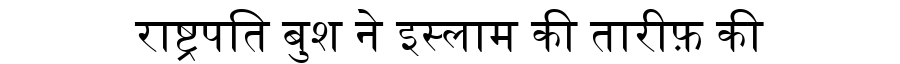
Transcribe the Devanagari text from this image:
राष्ट्रपति बुश ने इस्लाम की तारीफ़ की